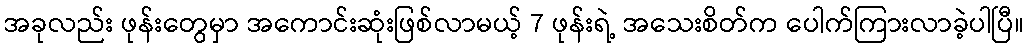
အခုလည်း ဖုန်းတွေမှာ အကောင်းဆုံးဖြစ်လာမယ့် 7 ဖုန်းရဲ့ အသေးစိတ်က ပေါက်ကြားလာခဲ့ပါပြီ။